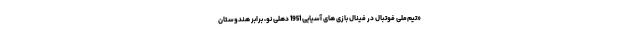
«تیم‌ملی فوتبال در فینال بازی های آسیایی 1951 دهلی نو، برابر هندوستان